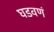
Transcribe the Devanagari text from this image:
घडवणं